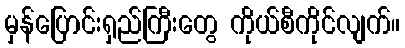
မှန်ပြောင်းရှည်ကြီးတွေ ကိုယ်စီကိုင်လျက်။